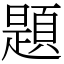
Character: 題